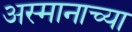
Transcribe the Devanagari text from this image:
अस्मानाच्या